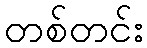
တစ်တင်း